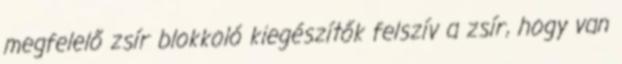
megfelelő zsír blokkoló kiegészítők felszív a zsír, hogy van